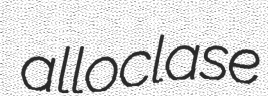
alloclase